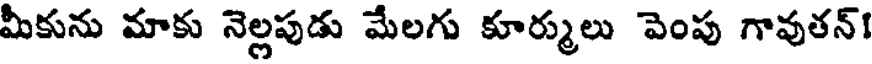
మీకును మాకు నెల్లపుడు మేలగు కూర్ములు వెంపు గావుతన్!